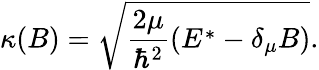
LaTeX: \kappa(B)=\sqrt{\frac{2\mu}{\hbar^{2}}(E^{*}-\delta_{\mu}B)}.